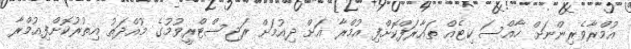
އުމްރާވެރިންނަށް ހާއްސަ ކިޓެއް ތައާރަފްކޮށްފި އުމްރާ އަށް ދިއުމަށް ރަޖިސްޓްރީވުމުގެ މުއްދަތު އިތުރުކޮށްފިއުމްރާ